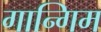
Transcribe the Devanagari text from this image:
गान्गिम